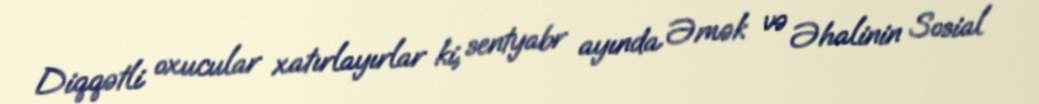
Diqqətli oxucular xatırlayırlar ki, sentyabr ayında Əmək və Əhalinin Sosial